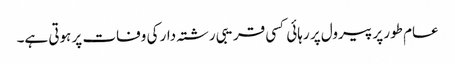
عام طور پر پیرول پر رہائی کسی قریبی رشتہ دار کی وفات پر ہوتی ہے۔